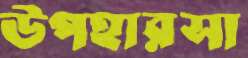
উপহারসা